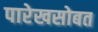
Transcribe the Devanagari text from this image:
पारेखसोबत